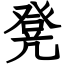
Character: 凳